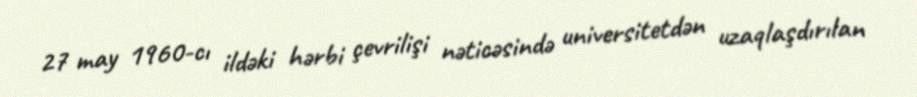
27 may 1960-cı ildəki hərbi çevrilişi nəticəsində universitetdən uzaqlaşdırılan